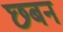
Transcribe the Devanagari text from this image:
छबन